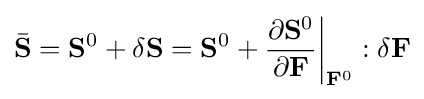
{\bar {\bf {S}}}={\bf {S}}^{0}+\delta {\bf {S}}={\bf {S}}^{0}+{\frac {\partial {\bf {S}}^{0}}{\partial {\bf {F}}}}{\bigg |}_{{\bf {F}}^{0}}:\delta {\bf {F}}